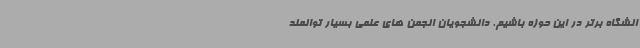
انشگاه برتر در این حوزه باشیم. دانشجویان انجمن های علمی بسیار توانمند